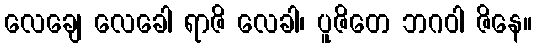
လေချေ လေခေါ ရာဇိ လေခါ၊ ပူဇိတေ ဘဂဝါ ဇိနေ။